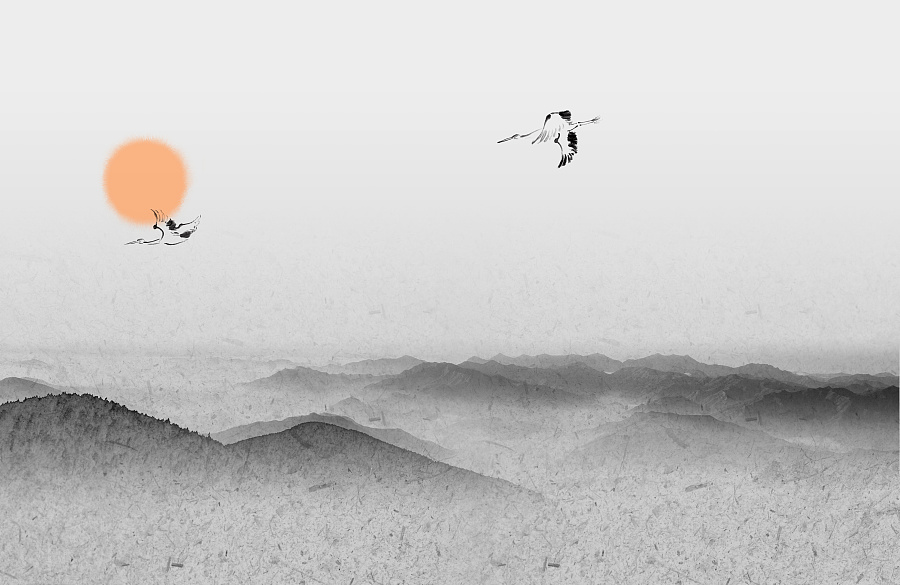
大漠孤烟直，长河落日圆。